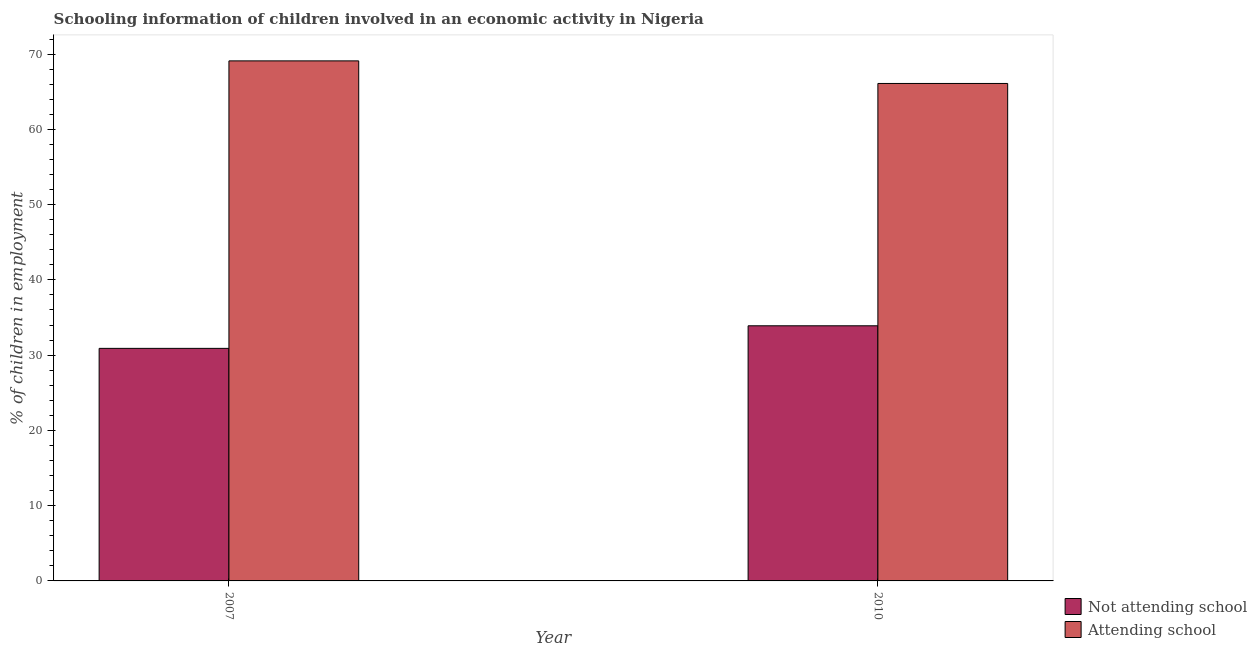
| Year | Not attending school | Attending school |
 | --- | --- | --- |
 | 2007 | 30.9 | 69.1 |
 | 2010 | 33.9 | 66.1 |